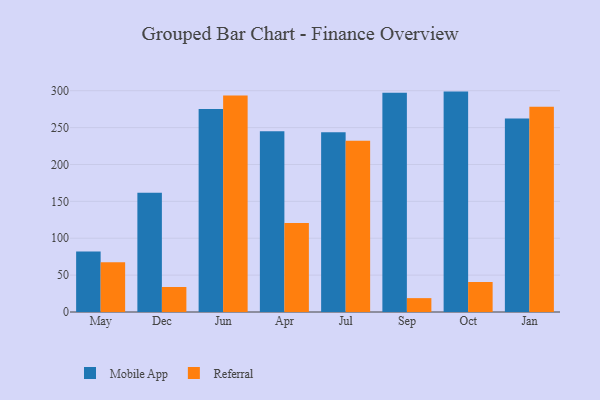
{"axis": {"x": "Month", "y": "Shipments"}, "legend": ["Mobile App", "Referral"], "data": [{"x": "May", "y": 82.1, "type": "Mobile App"}, {"x": "May", "y": 67.6, "type": "Referral"}, {"x": "Dec", "y": 161.8, "type": "Mobile App"}, {"x": "Dec", "y": 33.9, "type": "Referral"}, {"x": "Jun", "y": 275.1, "type": "Mobile App"}, {"x": "Jun", "y": 293.6, "type": "Referral"}, {"x": "Apr", "y": 245.1, "type": "Mobile App"}, {"x": "Apr", "y": 120.6, "type": "Referral"}, {"x": "Jul", "y": 243.7, "type": "Mobile App"}, {"x": "Jul", "y": 232.3, "type": "Referral"}, {"x": "Sep", "y": 297.4, "type": "Mobile App"}, {"x": "Sep", "y": 18.8, "type": "Referral"}, {"x": "Oct", "y": 298.8, "type": "Mobile App"}, {"x": "Oct", "y": 40.7, "type": "Referral"}, {"x": "Jan", "y": 262.2, "type": "Mobile App"}, {"x": "Jan", "y": 278.4, "type": "Referral"}]}